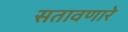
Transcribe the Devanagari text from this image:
सतावणारे